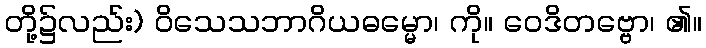
တို့၌လည်း) ဝိသေသဘာဂိယဓမ္မော၊ ကို။ ဝေဒိတဗ္ဗော၊ ၏။